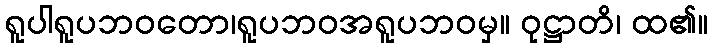
ရူပါရူပဘဝတော၊ရူပဘဝအရူပဘဝမှ။ ဝုဋ္ဌာတိ၊ ထ၏။